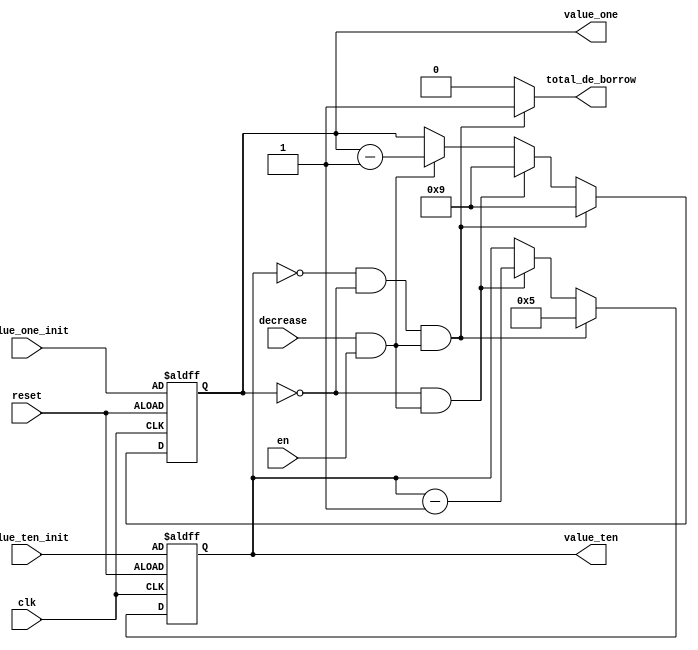
module sec_down_counter(
    output [3:0] value_ten,
    output [3:0] value_one,
    input [3:0] value_ten_init,
    input [3:0] value_one_init,
    output total_de_borrow, // e@@
    input en,
    input decrease,
    input clk,
    input reset
    );
    
wire sub;
assign sub = decrease & en;     // n en ~i
    
reg [3:0] value_ten, value_ten_tmp;
reg [3:0] value_one, value_one_tmp;
reg total_de_borrow;

    always @(value_ten or value_one or sub)
    begin
        if (value_ten == 4'd0 && value_one == 4'd0 && sub)     // Ywg 00 FASAAhh 
            begin
                value_ten_tmp = 4'd5;
                value_one_tmp = 4'd9;
                total_de_borrow = 1;
            end
        else if (value_one == 4'd0 && sub)
            begin
                value_ten_tmp =  value_ten - 4'd1;
                value_one_tmp = 4'd9;
                total_de_borrow = 0;
            end
        else if (sub)     
            begin
                value_ten_tmp =  value_ten;
                value_one_tmp = value_one - 4'd1;
                total_de_borrow = 0;
            end
        else
            begin
                value_one_tmp = value_one;
                value_ten_tmp =  value_ten;
                total_de_borrow = 0;
            end
    end

    always @(posedge clk or negedge reset)
    begin
        if(~reset)
            begin
                value_ten <= value_ten_init;
                value_one <= value_one_init;
            end
        else
            begin
                value_one <= value_one_tmp;
                value_ten <= value_ten_tmp;
            end
    end
    
endmodule